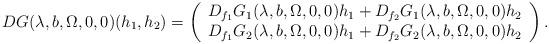
LaTeX: \begin{align*}DG(\lambda,b,\Omega,0,0)(h_{1},h_{2})=\left(\begin{array}{c}D_{f_{1}}G_{1}(\lambda,b,\Omega,0,0)h_{1}+D_{f_{2}}G_{1}(\lambda,b,\Omega,0,0)h_{2}\\D_{f_{1}}G_{2}(\lambda,b,\Omega,0,0)h_{1}+D_{f_{2}}G_{2}(\lambda,b,\Omega,0,0)h_{2}\end{array}\right).\end{align*}